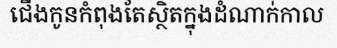
ជើងកូនកំពុងតែស្ថិតក្នុងដំណាក់កាល